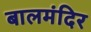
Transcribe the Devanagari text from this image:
बालमंदिर